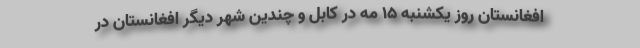
افغانستان روز یکشنبه ۱۵ مه در کابل و چندین شهر دیگر افغانستان در